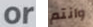
or وانتم